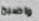
واصبح